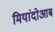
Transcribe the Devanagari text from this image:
मियांदोआब